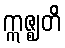
ဣဇ္ဈတိ